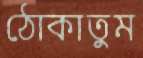
ঠোকাতুম